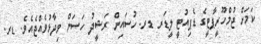
ކަމަށް ޖުމްހޫރީޕާޓީގެ ޑެޕިއުޓީ ލީޑަރ ޑރ. ހުސައިން ރަޝީދު ހަސަން ވިދާޅުވެއްޖެއެވެ. ޑރ.